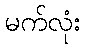
မက်လုံး